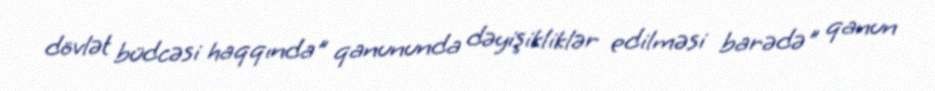
dövlət büdcəsi haqqında" qanununda dəyişikliklər edilməsi barədə" qanun